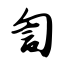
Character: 訇